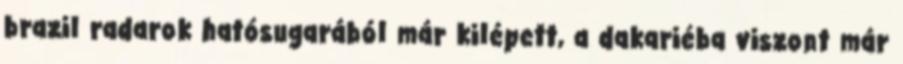
brazil radarok hatósugarából már kilépett, a dakariéba viszont már